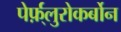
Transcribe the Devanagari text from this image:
पेर्फ़्लुरोकर्बोन